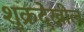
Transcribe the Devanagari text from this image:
शुक्रदेखील